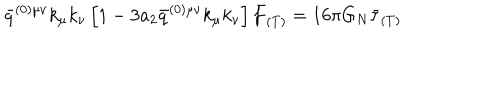
LaTeX: \bar { q } ^ { ( 0 ) \mu \nu } k _ { \mu } k _ { \nu } \left[ 1 - 3 a _ { 2 } \bar { q } ^ { ( 0 ) \mu \nu } k _ { \mu } k _ { \nu } \right] \bar { f } _ { ( T ) } = 1 6 \pi G _ { N } \bar { \tau } _ { ( T ) }